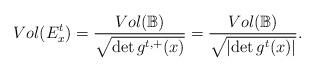
LaTeX: \begin{align*}Vol(E_{x}^{t})=\dfrac{Vol(\mathbb{B})}{\sqrt{\det g^{t,+}(x)}}=\dfrac{Vol(\mathbb{B})}{\sqrt{\left\vert \det g^{t}(x)\right\vert }}. \end{align*}